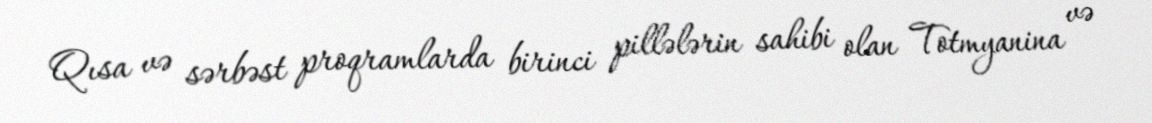
Qısa və sərbəst proqramlarda birinci pillələrin sahibi olan Totmyanina və